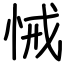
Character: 悈